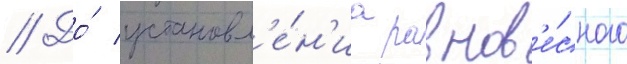
// До́ установл'е́н'иа равнов'е́сного